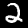
Label: 2